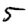
Digit: 5